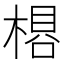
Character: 𬃽